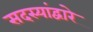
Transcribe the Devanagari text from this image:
सदस्यांद्वारे